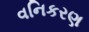
વનિકરણ